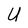
Character: U